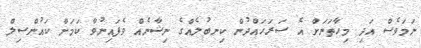
ނަމަވެސް އަދި މިހާތަނަށް އެ ސަރަހައްދުން ކިނބުލެއްގެ ނިޝާނެއް ވެފައިނުވާ ކަމަށް ކައުންސިލް